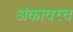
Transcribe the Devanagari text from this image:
अंकावरच